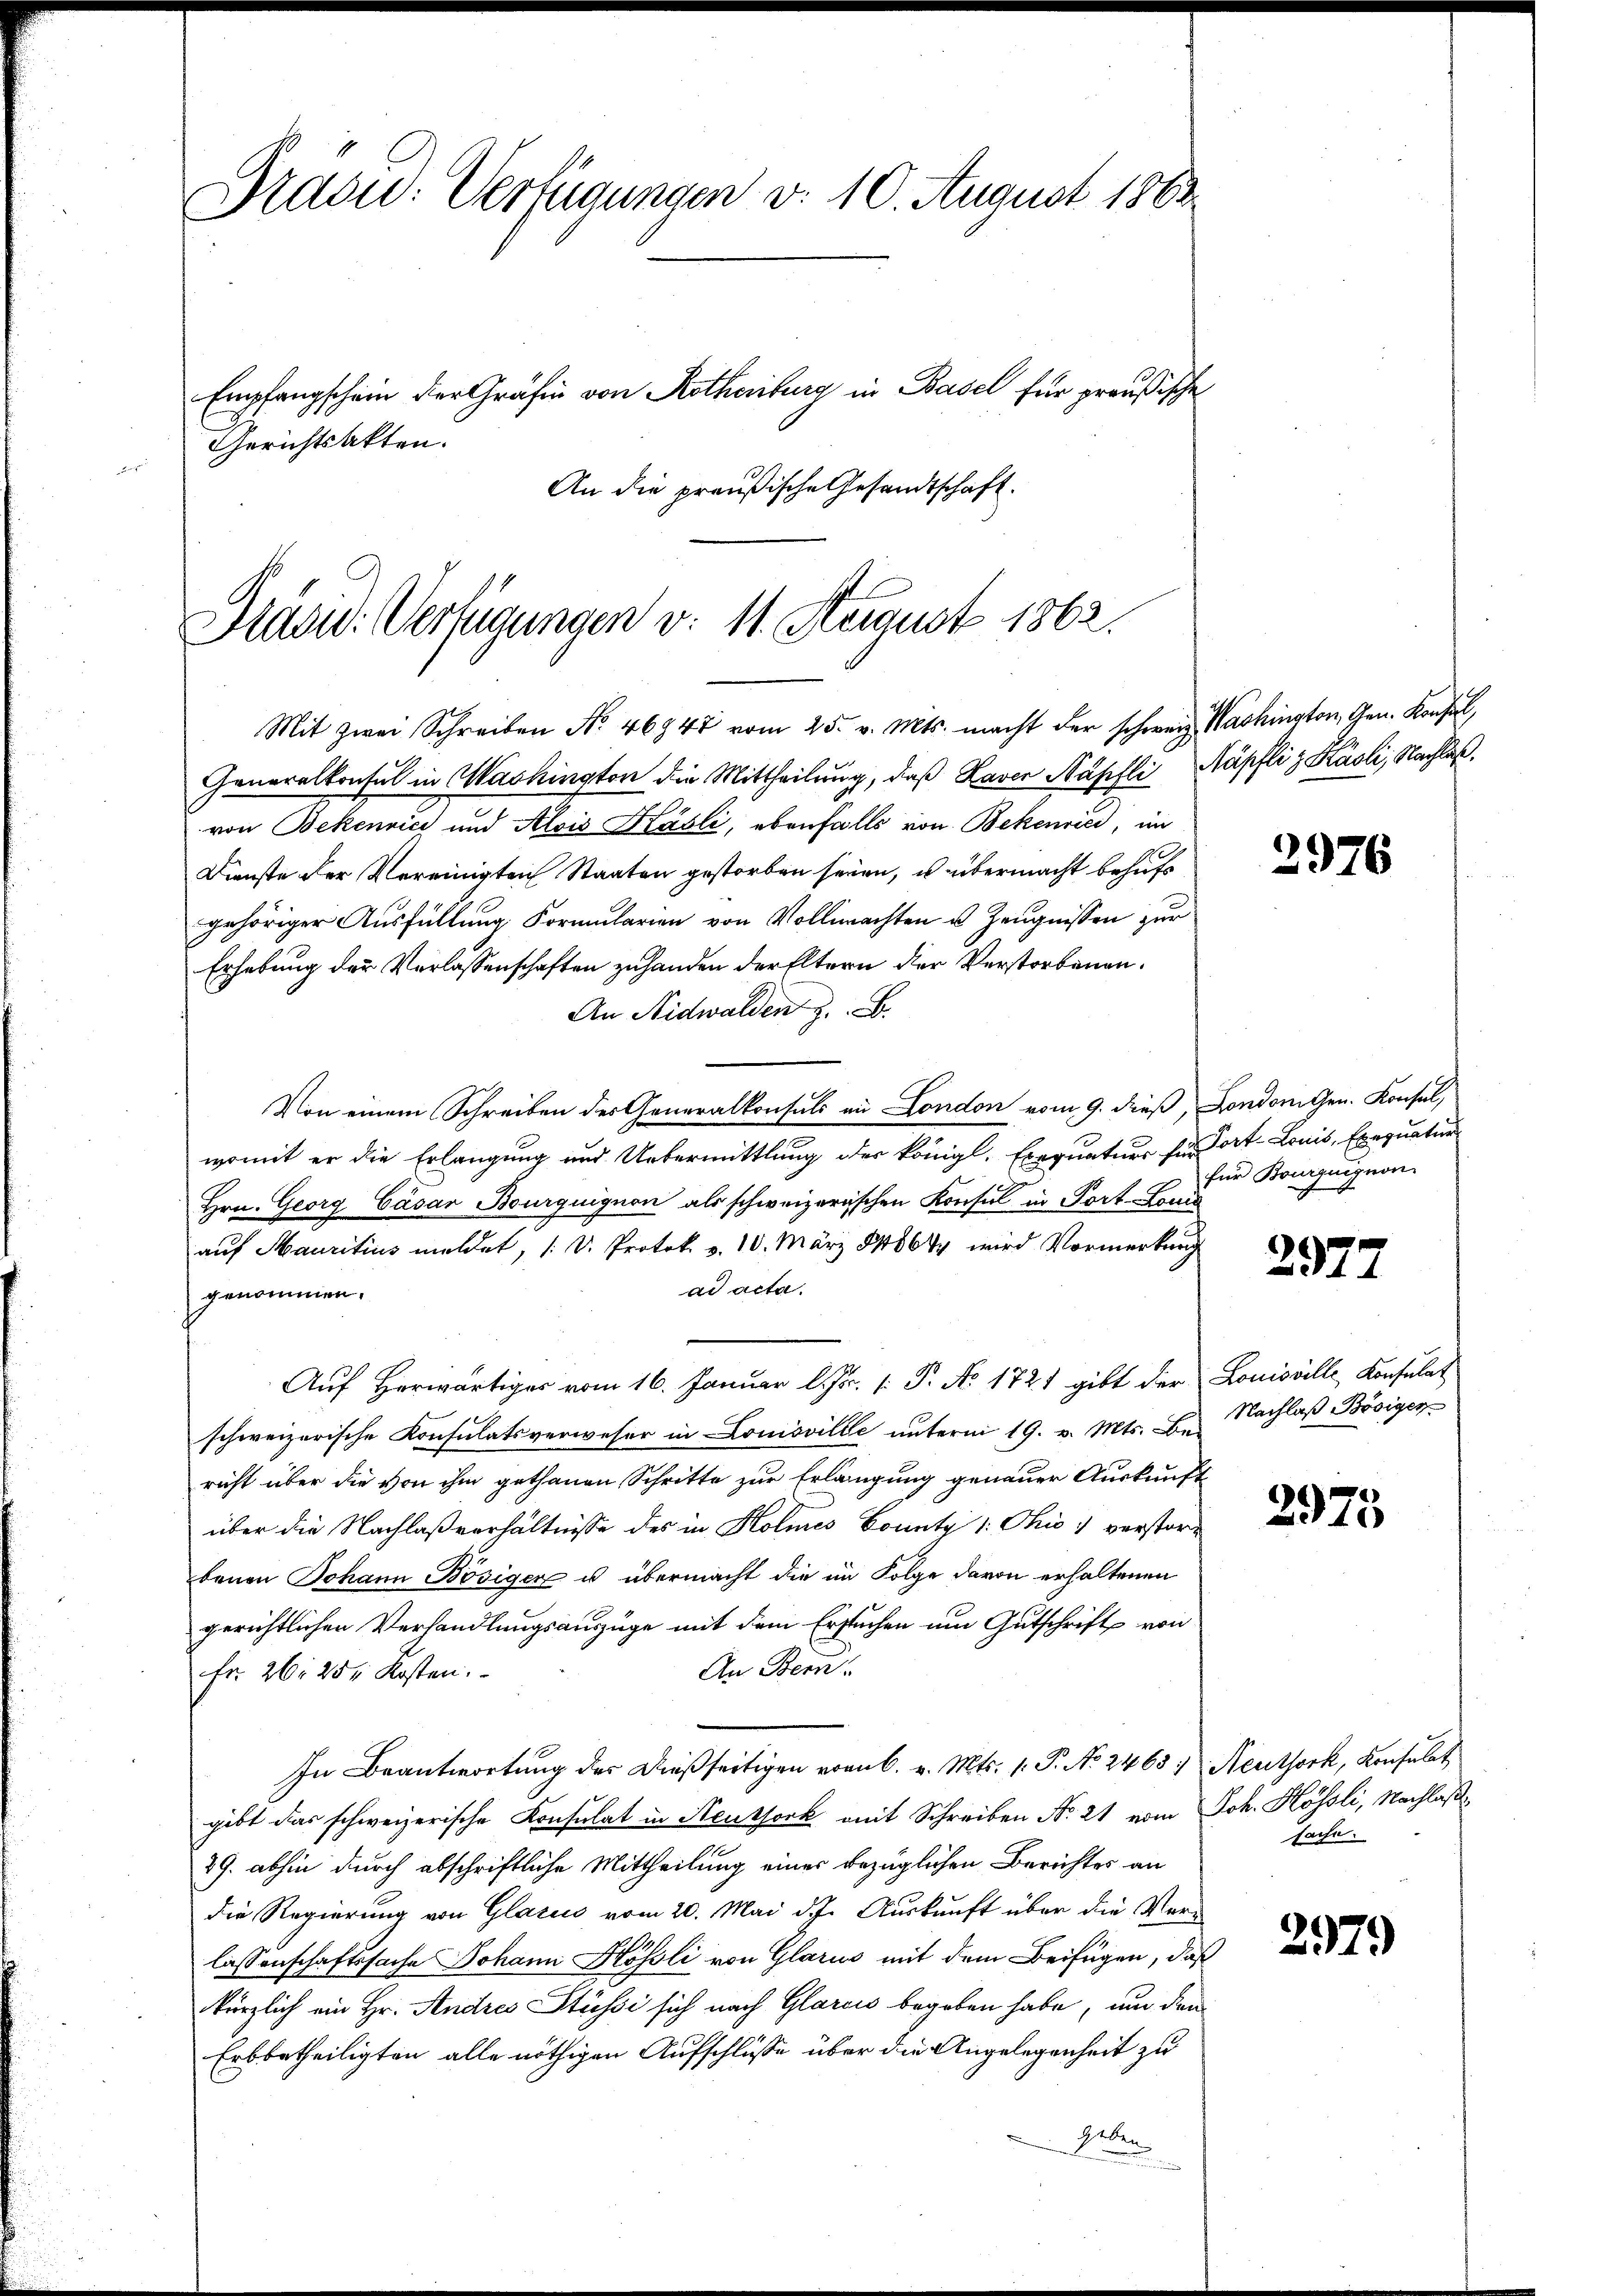
Bradu: Verfügungen d. 10. August 1863.
Empfangschein der Gräfin von Rotheriburg in Basel für preußische

Gerichtsakten.
An die preußische Gesandtschaft.

Generalkonsul in Washington die Mittheilung, daß Laver Näpfli Näpfli & Käsli, Nachlaßvon Bekennici und Alois Käsli, ebenfalls von Bekenrici, im
Dienste der Vereinigten Staaten gestorben seien, u übermacht behuf
gehöriger Ausfüllung Formularien von Vollmachten u. Zeugnissen zur
Erhebung der Verlassenschaften zuhanden der Eltern der Verstorbenen,
An Nidwalden z. B.
Von einem Schreiben des Generalkonsuls in London vom 9. dieß, Londonigen. Konsul,
womit er die Erlangung und Uebermittlung des königl. Exequatuor für Fort-Lonis, Exequation
Hrn. Georg Cäsar Bourquignon als schweizerischen Konsul in Port-Louis
auf Mauritius meldet, (: V. Protok. v. 10. März 184864 wird Vormerkung
ad acta.
genommen.
Auf Herwärtiges vom 16. Januar l. Js. /: P. No. 1721 gibt der Louisville Konsulat
schweizerische Konsulatsverweser in Louisville unterm 19. v. Mts. Be. Nachlaß Bösiger
richt über die von ihm gethanen Schritte zur Erlangung genauer Auskunft
über die Nachlaßverhältnisse des in Holmes County 1: Ohio verstore
benen Johann Bösiger u. übermacht die im Folge davon erhaltenen
gerichtlichen Verhandlungsauszüge mit dem Ersuchen um Gutschrift von
An Bern.
Fr. 26. 28 Kosten.
In Beantwortung des dießseitigen vom 6. v. Mts. 1. P. No. 2463) Neuthork, Konsulat
gibt das schweizerische Konsulat in Neuthork mit Schreiben No 21 vom Joh. Hössli, Nachlaß¬
29. abhin durch abschriftliche Mittheilung einer bezüglichen Berichtes an
die Regierung von Glarus vom 20. Mai d. J. Auskunft über die Verlassenschaftssache Johann Hösli von Glarus mit dem Beifügen, daß
kürzlich ein Hr. Andres Stüssi sich nach Glarcis begeben habe, um den
Erbbetheiligten alle nöthigen Aufschlüsse über die Angelegenheit zu
heben.
.

Präsid. Verfügungen v. 11. August 1862.
Mit zwei Schreiben No. 46947 vom 25. v. Mts. macht der schweiz. Washington, Gen. Konsul,

2976

für Bourzuignon

2977

2975

sache.

2979